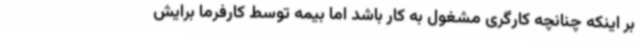
بر اینکه چنانچه کارگری مشغول به کار باشد اما بیمه توسط کارفرما برایش